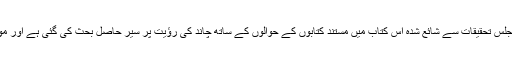
رؤیت ہلال کا مسئلہ: ندوۃ العلماء لکھنؤ کی مجلس تحقیقات سے شائع شدہ اس کتاب میں مستند کتابوں کے حوالوں کے ساتھ چاند کی رؤیت پر سیر حاصل بحث کی گئی ہے اور موجودہ دور میں اس کا شرعی حل بتایا گیا ہے۔